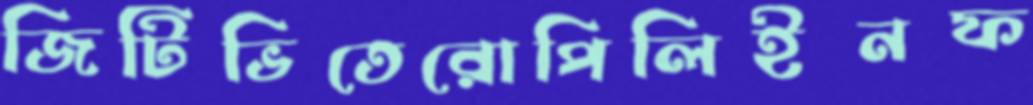
জিটিভিতেরোপিলিইনফ